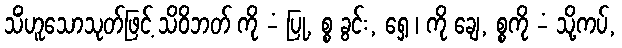
သိံဟူသောသုတ်ဖြင့် သိဝိဘတ် ကို -ံ ပြု, စ္စ ခွင်း, ရှေ့ ၊ ကို ချေ, စ္စကို -ံ သို့ကပ်,